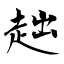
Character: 趉